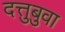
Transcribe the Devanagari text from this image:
दत्तुबुवा